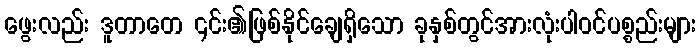
ဖွေးလည်း ဒူတာတေ ၎င်း၏ဖြစ်နိုင်ချေရှိသော ခုနှစ်တွင်အားလုံးပါဝင်ပစ္စည်းများ